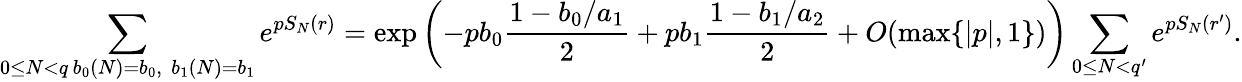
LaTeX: \sum_{\substack{0\le N<q\, b_{0}(N)=b_{0},\, \, b_{1}(N)=b_{1}}}e^{pS_{N}(r)}=\exp\left(-pb_{0}\frac{1-b_{0}/a_{1}}{2}+pb_{1}\frac{1-b_{1}/a_{2}}{2}+O(\operatorname*{max}\{ |p|,1\} )\right)\sum_{0\le N<q^{\prime}}e^{pS_{N}(r^{\prime})}.